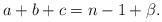
\begin{align*} a+b+c=n-1+\beta.\end{align*}